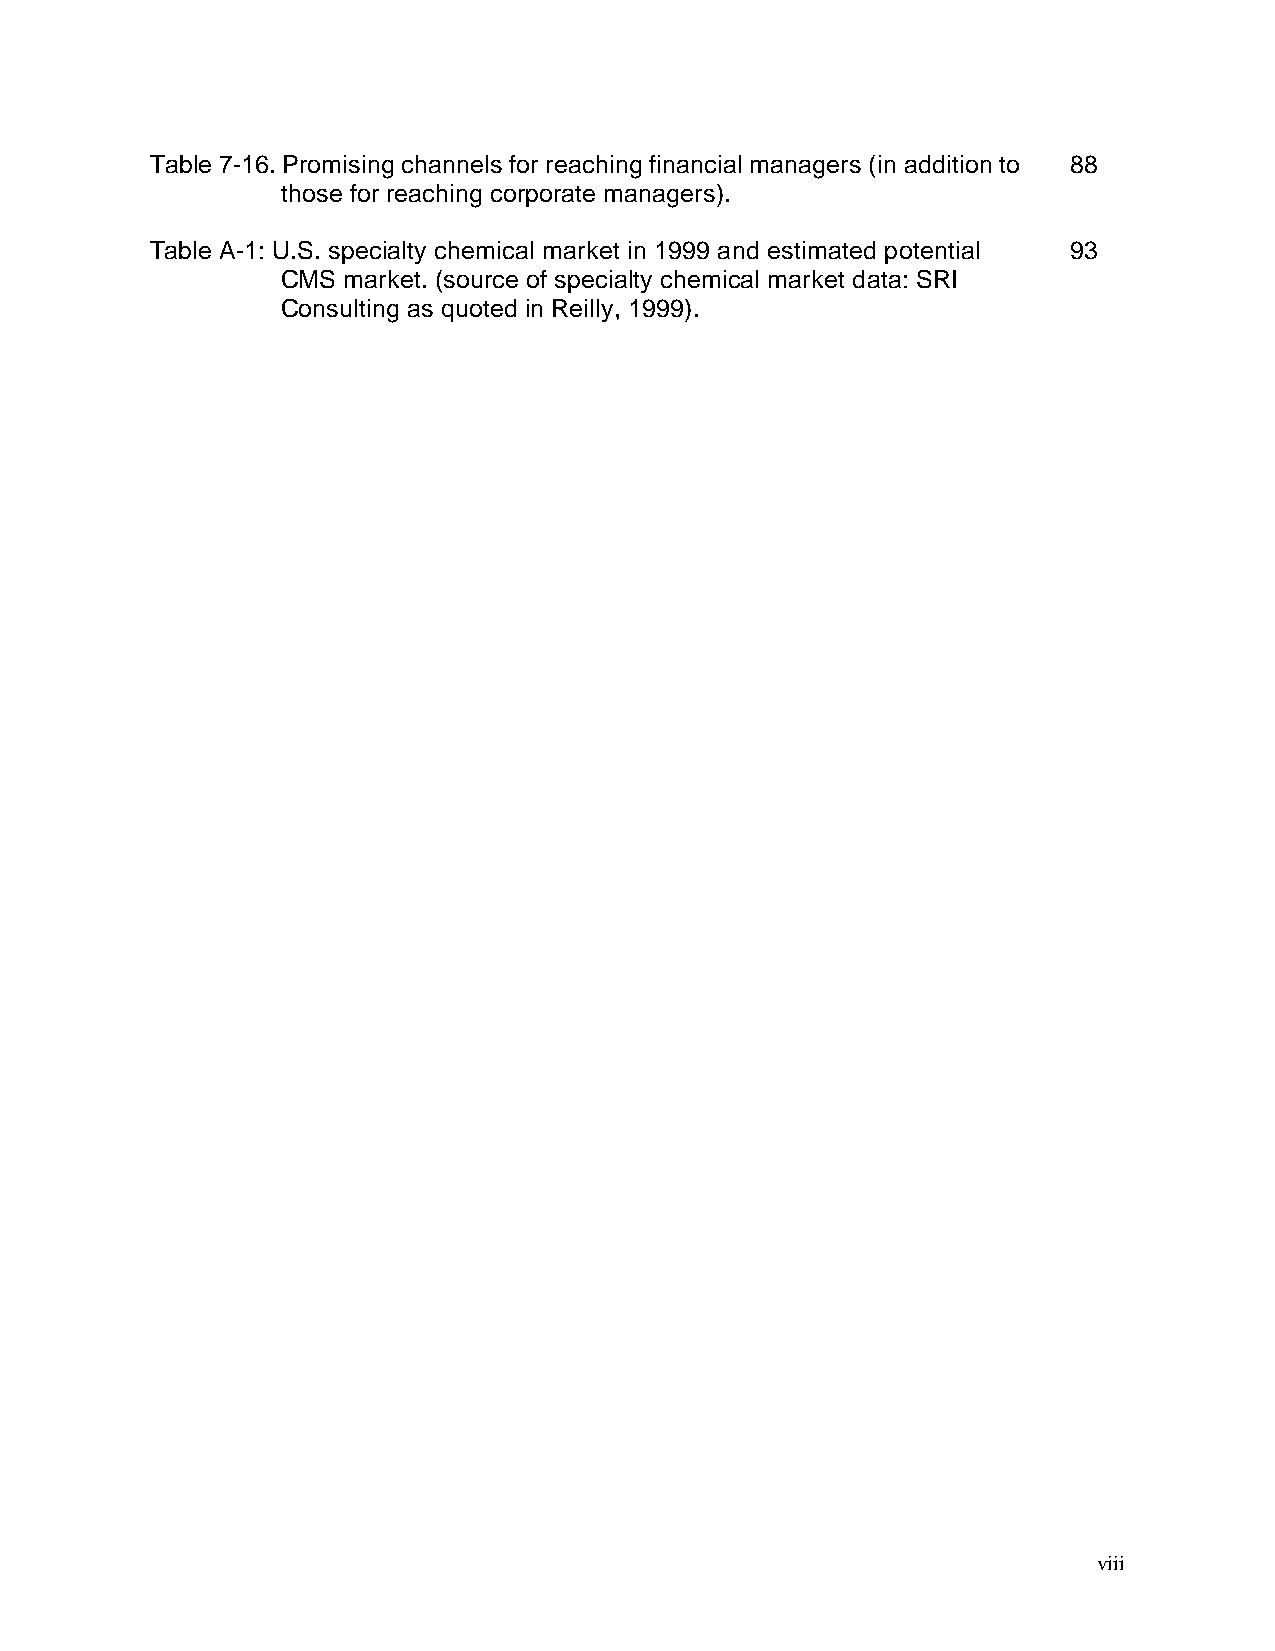
Table 7-16. Promising channels for reaching financial managers (in addition to 88
 those for reaching corporate managers).
 Table A-1: U.S. specialty chemical market in 1999 and estimated potential 93
 CMS market. (source of specialty chemical market data: SRI
 Consulting as quoted in Reilly, 1999).
 viii